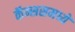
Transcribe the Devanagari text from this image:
कॅन्ससमध्ये